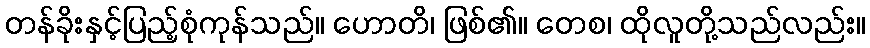
တန်ခိုးနှင့်ပြည့်စုံကုန်သည်။ ဟောတိ၊ ဖြစ်၏။ တေစ၊ ထိုလူတို့သည်လည်း။